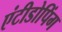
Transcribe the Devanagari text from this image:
एंटीडोपिंग